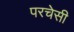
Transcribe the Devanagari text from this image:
परचेसी